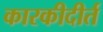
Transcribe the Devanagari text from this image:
कारकीदीर्त